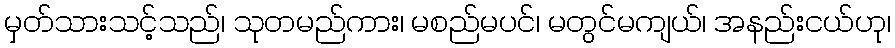
မှတ်သားသင့်သည်၊ သုတမည်ကား၊ မစည်မပင်၊ မတွင်မကျယ်၊ အနည်းငယ်ဟု၊